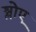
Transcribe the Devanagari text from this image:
श्लोए